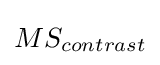
MS_{contrast}